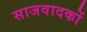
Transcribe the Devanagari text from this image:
साजवादकों